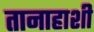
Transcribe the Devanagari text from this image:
तानाहाशी